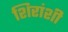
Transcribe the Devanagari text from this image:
शिरांशी